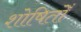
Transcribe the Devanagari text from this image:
शोषितोँ